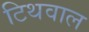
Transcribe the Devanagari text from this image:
टिथवाल